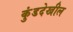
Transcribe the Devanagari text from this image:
कुंडदेखील